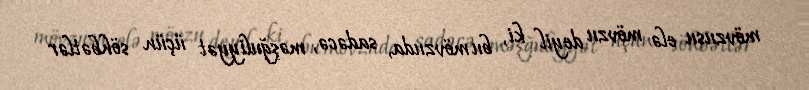
mövzusu elə mövzu deyil ki, bu mövzuda, sadəcə, məşğuliyyət üçün söhbətlər